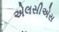
એલસીએસ